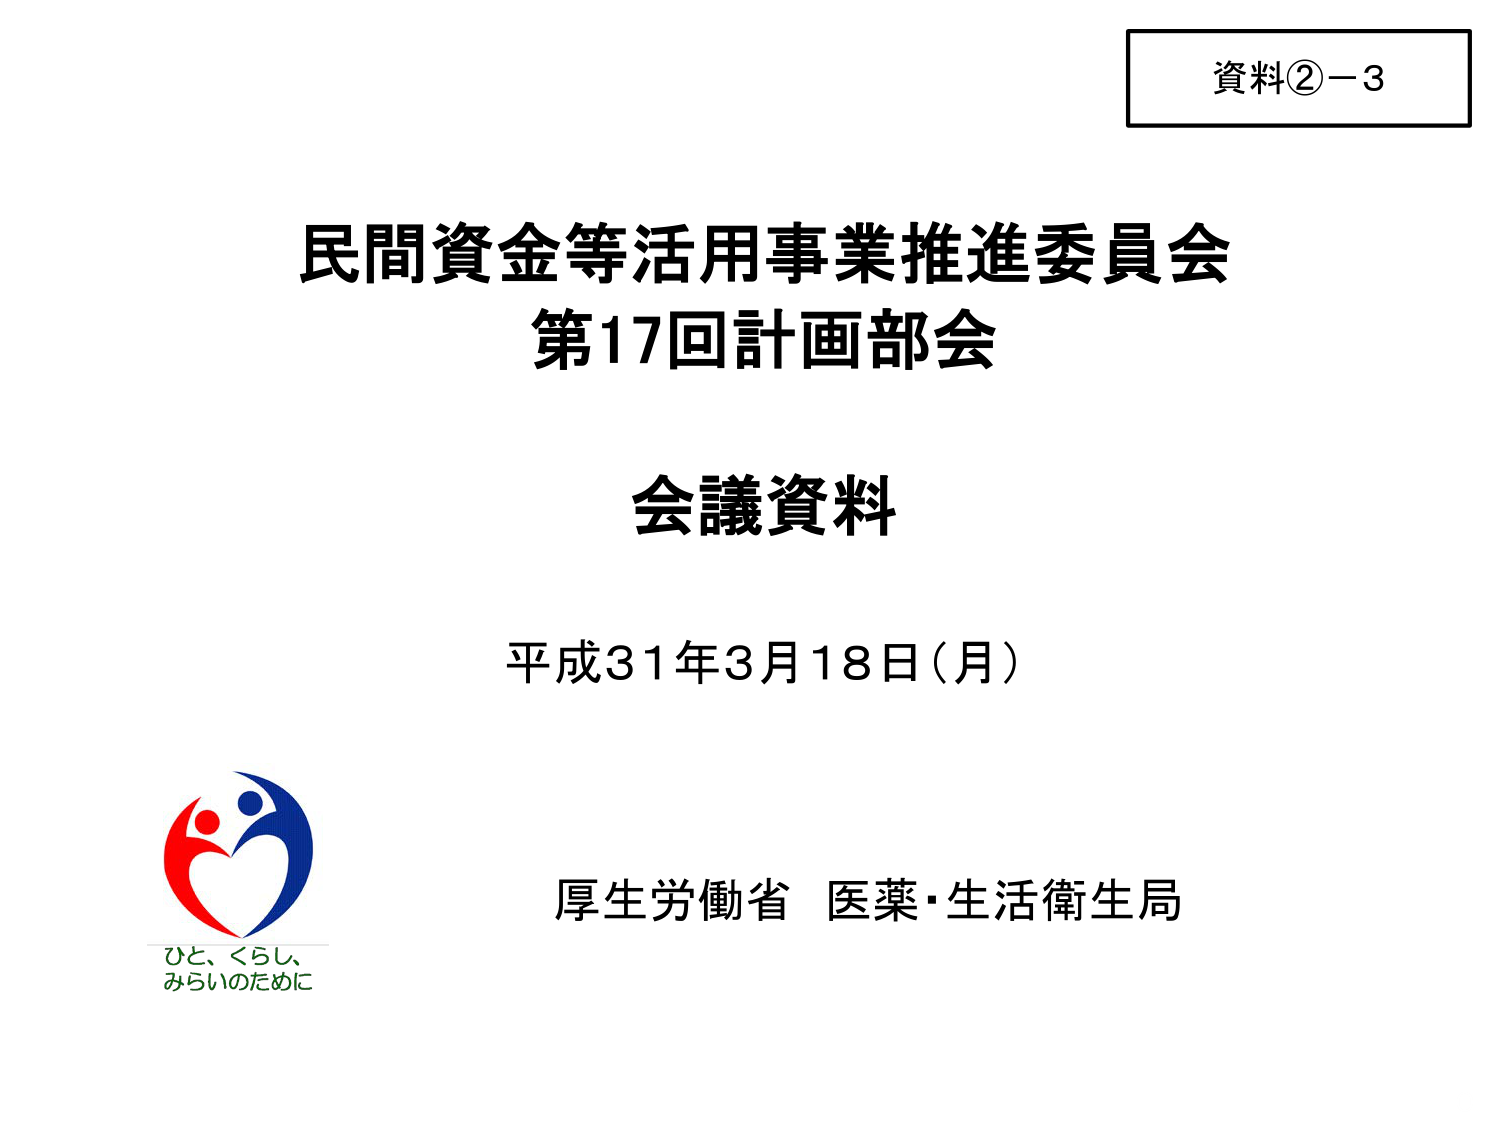
資料②－3

民間資金等活用事業推進委員会
第17回計画部会

会議資料

平成31年3月18日（月）

厚生労働省 医薬・生活衛生局

ひと、くらし、
みらいのために